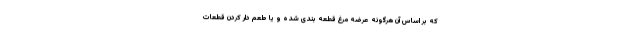
که بر اساس آن هرگونه عرضه مرغ قطعه بندی شده و یا طعم دار کردن قطعات